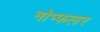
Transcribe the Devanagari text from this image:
नोप्फलर